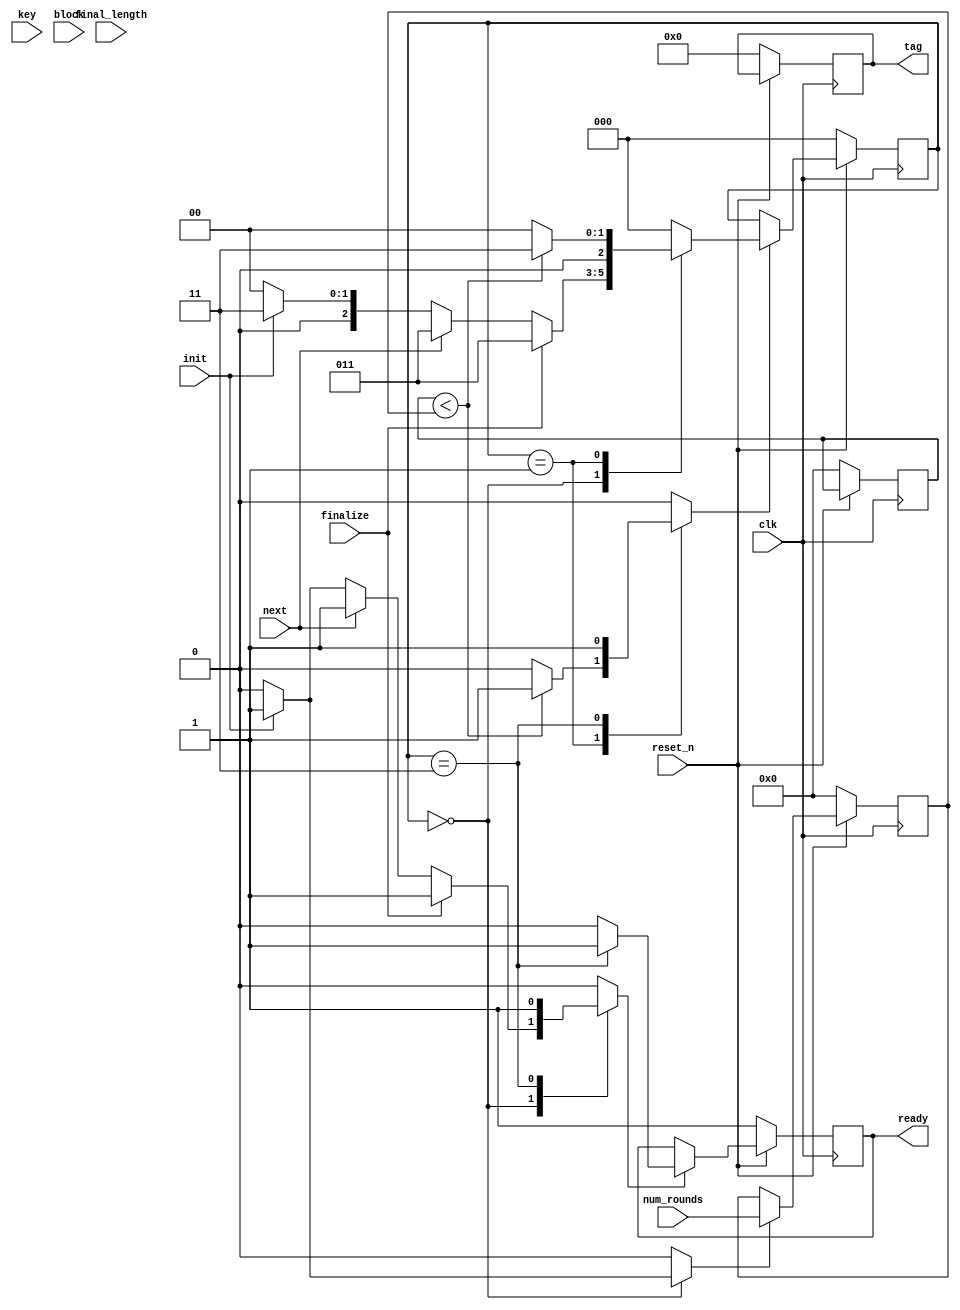
//======================================================================
//
// chaskey_core.v
// ---------------
// Chaskey Message Authentication Code function.
//
//
// Copyright (c) 2020, Assured AB
// All rights reserved.
//
// Redistribution and use in source and binary forms, with or
// without modification, are permitted provided that the following
// conditions are met:
//
// 1. Redistributions of source code must retain the above copyright
//    notice, this list of conditions and the following disclaimer.
//
// 2. Redistributions in binary form must reproduce the above copyright
//    notice, this list of conditions and the following disclaimer in
//    the documentation and/or other materials provided with the
//    distribution.
//
// THIS SOFTWARE IS PROVIDED BY THE COPYRIGHT HOLDERS AND CONTRIBUTORS
// "AS IS" AND ANY EXPRESS OR IMPLIED WARRANTIES, INCLUDING, BUT NOT
// LIMITED TO, THE IMPLIED WARRANTIES OF MERCHANTABILITY AND FITNESS
// FOR A PARTICULAR PURPOSE ARE DISCLAIMED. IN NO EVENT SHALL THE
// COPYRIGHT OWNER OR CONTRIBUTORS BE LIABLE FOR ANY DIRECT, INDIRECT,
// INCIDENTAL, SPECIAL, EXEMPLARY, OR CONSEQUENTIAL DAMAGES (INCLUDING,
// BUT NOT LIMITED TO, PROCUREMENT OF SUBSTITUTE GOODS OR SERVICES;
// LOSS OF USE, DATA, OR PROFITS; OR BUSINESS INTERRUPTION) HOWEVER
// CAUSED AND ON ANY THEORY OF LIABILITY, WHETHER IN CONTRACT,
// STRICT LIABILITY, OR TORT (INCLUDING NEGLIGENCE OR OTHERWISE)
// ARISING IN ANY WAY OUT OF THE USE OF THIS SOFTWARE, EVEN IF
// ADVISED OF THE POSSIBILITY OF SUCH DAMAGE.
//
//======================================================================

module chaskey_core(
                    input wire            clk,
                    input wire            reset_n,

                    input wire            init,
                    input wire            next,
                    input wire            finalize,
                    input wire [7 : 0]    final_length,
                    input wire [3 : 0]    num_rounds,
                    output wire           ready,

                    input wire [127 : 0]  key,

                    input wire [127 : 0]  block,
                    output wire [127 : 0] tag
                   );


  //----------------------------------------------------------------
  // Internal constant and parameter definitions.
  //----------------------------------------------------------------
  localparam CTRL_IDLE   = 3'h0;
  localparam CTRL_ROUNDS = 3'h1;
  localparam CTRL_STATE  = 3'h2;
  localparam CTRL_DONE   = 3'h3;


  //----------------------------------------------------------------
  // Registers including update variables and write enable.
  //----------------------------------------------------------------
  reg [127 : 0] k_reg;
  reg [127 : 0] k1_reg;
  reg [127 : 0] k2_reg;
  reg           k_k1_k2_we;

  reg           ready_reg;
  reg           ready_new;
  reg           ready_we;

  reg [3 : 0]   round_ctr_reg;
  reg [3 : 0]   round_ctr_new;
  reg           round_ctr_we;
  reg           round_ctr_inc;
  reg           round_ctr_rst;

  reg [31 : 0]  h0_reg;
  reg [31 : 0]  h0_new;
  reg [31 : 0]  h1_reg;
  reg [31 : 0]  h1_new;
  reg [31 : 0]  h2_reg;
  reg [31 : 0]  h2_new;
  reg [31 : 0]  h3_reg;
  reg [31 : 0]  h3_new;
  reg           h0_h3_we;

  reg [31 : 0]  v0_reg;
  reg [31 : 0]  v0_new;
  reg [31 : 0]  v1_reg;
  reg [31 : 0]  v1_new;
  reg [31 : 0]  v2_reg;
  reg [31 : 0]  v2_new;
  reg [31 : 0]  v3_reg;
  reg [31 : 0]  v3_new;
  reg           v0_v3_we;

  reg [127 : 0] tag_reg;
  reg [127 : 0] tag_new;
  reg           tag_we;

  reg [3 : 0]   num_rounds_reg;
  reg           num_rounds_we;

  reg [2 : 0]   core_ctrl_reg;
  reg [2 : 0]   core_ctrl_new;
  reg           core_ctrl_we;


  //----------------------------------------------------------------
  // Wires.
  //----------------------------------------------------------------
  reg init_round;
  reg update_round;
  reg init_state;
  reg update_state;
  reg update_tag;
  reg padded_block;


  //----------------------------------------------------------------
  // Concurrent connectivity for ports etc.
  //----------------------------------------------------------------
  assign ready = ready_reg;
  assign tag   = tag_reg;


  //----------------------------------------------------------------
  // Internal functions.
  //----------------------------------------------------------------
  function [127 : 0] times2(input [127 : 0] op);
    begin
      if (op[127])
        times2 = {op[126 : 0], 1'h0} ^ 128'h87;
      else
        times2 = {op[126 : 0], 1'h0};
    end
  endfunction


  //----------------------------------------------------------------
  // reg_update
  //----------------------------------------------------------------
  always @ (posedge clk)
    begin: reg_update
      if (!reset_n)
        begin
          k_reg          <= 128'h0;
          k1_reg         <= 128'h0;
          k2_reg         <= 128'h0;
          h0_reg         <= 32'h0;
          h1_reg         <= 32'h0;
          h2_reg         <= 32'h0;
          h3_reg         <= 32'h0;
          v0_reg         <= 32'h0;
          v1_reg         <= 32'h0;
          v2_reg         <= 32'h0;
          v3_reg         <= 32'h0;
          tag_reg        <= 128'h0;
          ready_reg      <= 1'h1;
          num_rounds_reg <= 4'h0;
          round_ctr_reg  <= 4'h0;
          core_ctrl_reg  <= CTRL_IDLE;
        end
      else
        begin
          if (ready_we)
            ready_reg <= ready_new;

          if (num_rounds_we)
            num_rounds_reg <= num_rounds;

          if (k_k1_k2_we)
            begin
              k_reg  <= key;
              k1_reg <= times2(key);
              k2_reg <= times2(times2(key));
            end

          if (h0_h3_we)
            begin
              h0_reg <= h0_new;
              h1_reg <= h1_new;
              h2_reg <= h2_new;
              h3_reg <= h3_new;
            end

          if (v0_v3_we)
            begin
              v0_reg <= v0_new;
              v1_reg <= v1_new;
              v2_reg <= v2_new;
              v3_reg <= v3_new;
            end

          if (tag_we)
            tag_reg <= tag_new;

          if (round_ctr_we)
            round_ctr_reg <= round_ctr_new;

          if (core_ctrl_we)
            core_ctrl_reg <= core_ctrl_new;
        end
    end // reg_update


  //----------------------------------------------------------------
  // chaskey_round_logic
  // The datapath implenentiing the chaskey round logic (pi).
  //----------------------------------------------------------------
  always @*
    begin : chaskey_round_logic
      reg [31 : 0] v0_prim0;
      reg [31 : 0] v0_prim1;
      reg [31 : 0] v0_prim2;

      reg [31 : 0] v1_prim0;
      reg [31 : 0] v1_prim1;
      reg [31 : 0] v1_prim2;
      reg [31 : 0] v1_prim3;

      reg [31 : 0] v2_prim0;
      reg [31 : 0] v2_prim1;
      reg [31 : 0] v2_prim2;

      reg [31 : 0] v3_prim0;
      reg [31 : 0] v3_prim1;
      reg [31 : 0] v3_prim2;
      reg [31 : 0] v3_prim3;

      v0_new   = 32'h0;
      v1_new   = 32'h0;
      v2_new   = 32'h0;
      v3_new   = 32'h0;
      v0_v3_we = 1'h0;

      v0_prim0 = v0_reg + v1_reg;
      v1_prim0 = {v1_reg[26 : 0], v1_reg[31 : 27]};

      v0_prim1 = {v0_prim0[15 : 0], v0_prim0[31 : 16]};
      v1_prim1 = v1_prim0 ^ v0_prim0;

      v2_prim0 = v2_reg + v3_reg;
      v3_prim0 = {v3_reg[23 : 0], v3_reg[31 : 24]};

      v3_prim1 = v3_prim0 ^ v2_prim0;

      v0_prim2 = v0_prim1 + v3_prim1;
      v3_prim2 = {v3_prim1[18 : 0], v3_prim1[31 : 19]};

      v3_prim3 = v3_prim2 ^ v0_prim2;

      v1_prim2 = {v1_prim1[24 : 0], v1_prim1[31 : 25]};
      v2_prim1 = v1_prim1 + v2_prim0;

      v1_prim3 = v1_prim2 ^ v2_prim1;
      v2_prim2 = {v2_prim1[15 : 0], v2_prim1[31 : 16]};


      if (init_round)
        begin
          v0_new   = h0_reg;
          v1_new   = h1_reg;
          v2_new   = h2_reg;
          v2_new   = h3_reg;
          v0_v3_we = 1'h1;
        end


      if (update_round)
        begin
          v0_new   = v0_prim2;
          v1_new   = v1_prim3;
          v2_new   = v2_prim2;
          v3_new   = v3_prim3;
          v0_v3_we = 1'h1;
        end
    end // chaskey_core_dp


  //----------------------------------------------------------------
  // chaskey_state_logic
  // The datapath implementiing the chaskey statelogic.
  //----------------------------------------------------------------
  always @*
    begin : chaskey_state_logic
      h0_new   = 32'h0;
      h1_new   = 32'h0;
      h2_new   = 32'h0;
      h3_new   = 32'h0;
      h0_h3_we = 1'h0;
      tag_new  = 128'h0;
      tag_we   = 1'h0;

      if (init_state)
        begin
          h0_new   = k_reg[127 : 096] ^ block[127 : 096];
          h0_new   = k_reg[095 : 064] ^ block[095 : 064];
          h0_new   = k_reg[063 : 032] ^ block[063 : 032];
          h0_new   = k_reg[031 : 000] ^ block[031 : 000];
          h0_h3_we = 1'h1;
        end


      if (update_state)
        begin
          h0_new   = v0_reg ^ block[127 : 096];
          h1_new   = v1_reg ^ block[095 : 064];
          h2_new   = v2_reg ^ block[063 : 032];
          h3_new   = v3_reg ^ block[031 : 000];
          h0_h3_we = 1'h1;
        end


      if (update_tag)
        begin
          tag_we = 1'h1;
          if (padded_block)
            begin
              tag_new[127 : 096] = v0_reg ^ k2_reg[127 : 096];
              tag_new[095 : 064] = v1_reg ^ k2_reg[095 : 064];
              tag_new[063 : 032] = v2_reg ^ k2_reg[063 : 032];
              tag_new[031 : 000] = v3_reg ^ k2_reg[031 : 000];
            end
          else
            begin
              tag_new[127 : 096] = v0_reg ^ k1_reg[127 : 096];
              tag_new[095 : 064] = v1_reg ^ k1_reg[095 : 064];
              tag_new[063 : 032] = v2_reg ^ k1_reg[063 : 032];
              tag_new[031 : 000] = v3_reg ^ k1_reg[031 : 000];
            end
        end
    end // chaskey_core_dp


  //----------------------------------------------------------------
  // round_ctr
  //
  // The round counter with reset and increase logic.
  //----------------------------------------------------------------
  always @*
    begin : round_ctr
      round_ctr_new = 4'h0;
      round_ctr_we  = 1'h0;

      if (round_ctr_rst)
        begin
          round_ctr_new = 4'h0;
          round_ctr_we  = 1'h1;
        end

      else if (round_ctr_inc)
        begin
          round_ctr_new = round_ctr_reg + 1'h1;
          round_ctr_we  = 1'h1;
        end
    end // round_ctr


  //----------------------------------------------------------------
  // chaskey_core_ctrl
  //
  // Control FSM for aes core.
  //----------------------------------------------------------------
  always @*
    begin : chaskey_core_ctrl
      ready_new     = 1'h0;
      ready_we      = 1'h0;
      k_k1_k2_we    = 1'h0;
      init_round    = 1'h0;
      update_round  = 1'h0;
      init_state    = 1'h0;
      update_state  = 1'h0;
      num_rounds_we = 1'h0;
      round_ctr_inc = 1'h0;
      round_ctr_rst = 1'h0;
      update_tag    = 1'h0;
      padded_block  = 1'h0;
      core_ctrl_new = CTRL_IDLE;
      core_ctrl_we  = 1'h0;

      case (core_ctrl_reg)
        CTRL_IDLE:
          begin
            if (init)
              begin
                ready_new     = 1'h0;
                ready_we      = 1'h1;
                k_k1_k2_we    = 1'h1;
                num_rounds_we = 1'h1;
                core_ctrl_new = CTRL_DONE;
                core_ctrl_we  = 1'h0;
              end

            if (next)
              begin
                ready_new     = 1'h0;
                ready_we      = 1'h1;
                core_ctrl_new = CTRL_DONE;
                core_ctrl_we  = 1'h0;
              end

            if (finalize)
              begin
                ready_new     = 1'h0;
                ready_we      = 1'h1;
                core_ctrl_new = CTRL_DONE;
                core_ctrl_we  = 1'h0;
              end
          end


        CTRL_ROUNDS:
          begin
            if (round_ctr_reg < num_rounds_reg)
              begin
                core_ctrl_new = CTRL_DONE;
                core_ctrl_we  = 1'h1;
              end
          end


        CTRL_DONE:
          begin
            ready_new     = 1'h1;
            ready_we      = 1'h1;
            update_state  = 1'h1;
            core_ctrl_new = CTRL_IDLE;
            core_ctrl_we  = 1'h1;
          end

        default:
          begin
          end
      endcase // case (core_ctrl_reg)
    end // chaskey_core_ctrl

endmodule // chaskey_core

//======================================================================
// EOF chaskey_core.v
//======================================================================